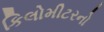
કિલોમીટરનો